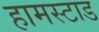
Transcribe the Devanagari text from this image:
हामस्टाड